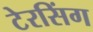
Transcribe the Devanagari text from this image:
टेरसिंग